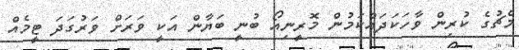
މެޗުގެ ކުރިން ވާހަކަދައްކަމުން މޮރީނިއޯ ބުނީ ބަޔާން އަކީ ވަރަށް ވަރުގަދަ ޓީމެއް